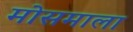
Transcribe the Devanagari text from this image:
मोसमाला